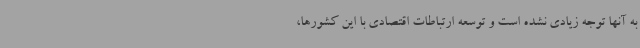
به آنها توجه زیادی نشده است و توسعه ارتباطات اقتصادی با این کشورها،